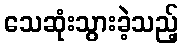
သေဆုံးသွားခဲ့သည့်